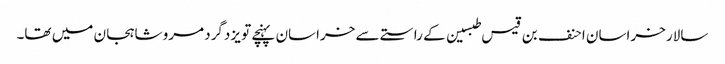
سالار خراسان احنف بن قیس طبسین کے راستے سے خراسان پہنچے تو یزدگرد مرو شاہجان میں تھا۔